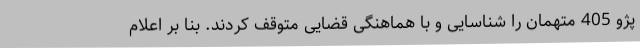
پژو 405 متهمان را شناسایی و با هماهنگی قضایی متوقف کردند. بنا بر اعلام